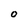
Character: O